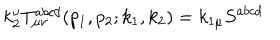
k _ { 2 } ^ { \nu } T _ { \mu \nu } ^ { a b c d } ( p _ { 1 } , p _ { 2 } ; k _ { 1 } , k _ { 2 } ) = k _ { 1 \mu } S ^ { a b c d }